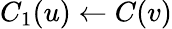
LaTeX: C_{1}(u)\leftarrow C(v)